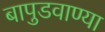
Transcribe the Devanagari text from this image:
बापुडवाण्या